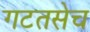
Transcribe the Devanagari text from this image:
गटतसेच